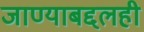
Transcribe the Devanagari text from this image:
जाण्याबद्दलही